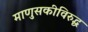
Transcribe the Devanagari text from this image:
माणुसकीविरुद्ध